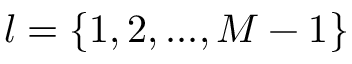
l = \{ 1 , 2 , . . . , M - 1 \}